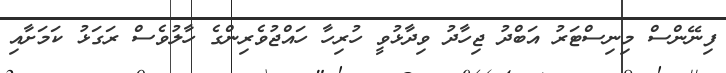
ފިނޭންސް މިނިސްޓަރު އަބްދު ޖިހާދު ވިދާޅުވީ ހުރިހާ ހައްޖުވެރިންގެ ހާލުވެސް ރަގަޅު ކަމަށާއި